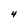
Character: 4